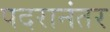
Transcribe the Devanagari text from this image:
पदरानंतर